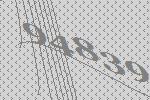
94839